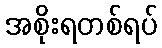
အစိုးရတစ်ရပ်